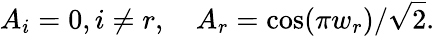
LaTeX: A_{i}=0,i\neq r,\quad A_{r}=\cos(\pi w_{r})/\sqrt{2}.